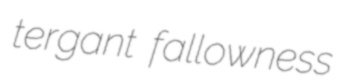
tergant fallowness